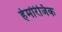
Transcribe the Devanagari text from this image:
हेमोरेजिक